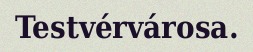
Testvérvárosa.